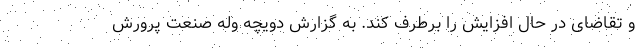
و تقاضای در حال افزایش را برطرف کند. به گزارش دویچه وله صنعت پرورش